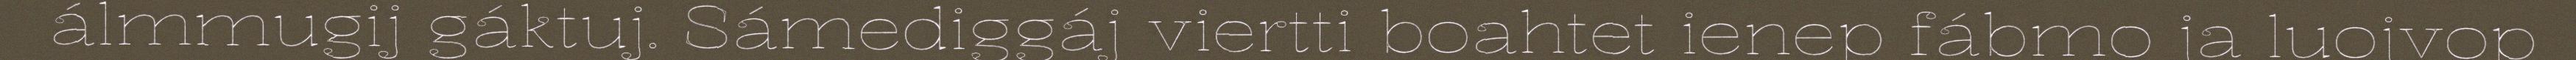
álmmugij gáktuj. Sámediggáj viertti boahtet ienep fábmo ja luojvop